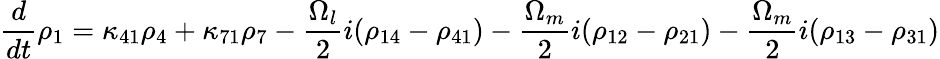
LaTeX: \frac{d}{dt}\rho_{1}=\kappa_{41}\rho_{4}+\kappa_{71}\rho_{7}-\frac{\Omega_{l}}{2}i(\rho_{14}-\rho_{41})-\frac{\Omega_{m}}{2}i(\rho_{12}-\rho_{21})-\frac{\Omega_{m}}{2}i(\rho_{13}-\rho_{31})